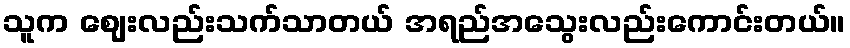
သူက ဈေးလည်းသက်သာတယ် အရည်အသွေးလည်းကောင်းတယ်။